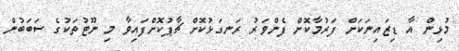
މުޅިން އާ ޑިޒައިނަކަށް ފަރުމާކޮށް ފެންވަރު ރަނގަޅުކޮށް ޗާޕުކޮށްފައިވާ މި ނޫޓުތަކުގެ ސަބަބުން